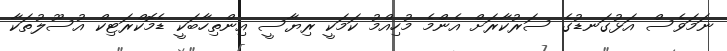
ނަމަވެސް އަޅުގަނޑުގެ ސަރުކާރަށް އެންމެ މުހިއްމު ކަމަކީ ރިޔާސީ އިންތިހާބަކީ ޑެމޮކްރަޓިކް އުސޫލުތަކާ